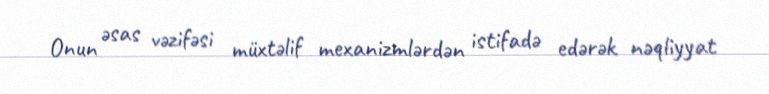
Onun əsas vəzifəsi müxtəlif mexanizmlərdən istifadə edərək nəqliyyat